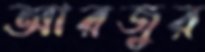
আরজুর